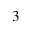
^ { 3 }